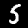
Digit: 5